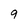
Character: 9